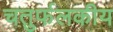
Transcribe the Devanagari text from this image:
चतुर्फलकीय